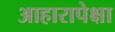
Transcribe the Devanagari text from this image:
आहारापेक्षा